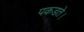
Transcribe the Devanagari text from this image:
पकडते।